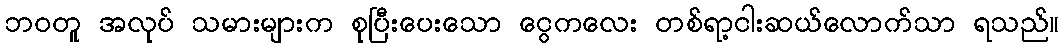
ဘဝတူ အလုပ် သမားများက စုပြီးပေးသော ငွေကလေး တစ်ရာ့ငါးဆယ်လောက်သာ ရသည်။